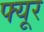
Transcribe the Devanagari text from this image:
फ्यूर